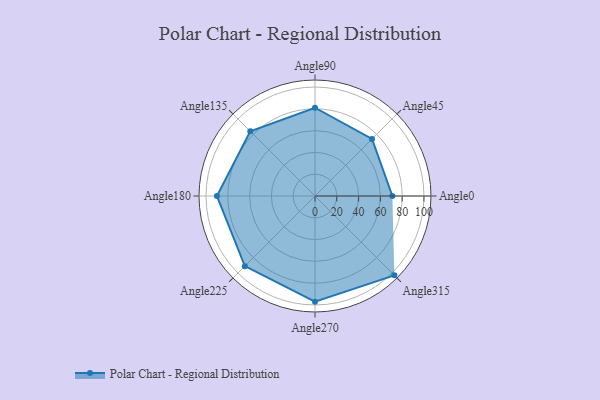
{"axis": {"x": "Angle", "y": "Radius"}, "legend": [""], "data": [{"x": "Angle0", "y": 71.0, "type": ""}, {"x": "Angle45", "y": 74.0, "type": ""}, {"x": "Angle90", "y": 81.0, "type": ""}, {"x": "Angle135", "y": 84.0, "type": ""}, {"x": "Angle180", "y": 90.0, "type": ""}, {"x": "Angle225", "y": 91.0, "type": ""}, {"x": "Angle270", "y": 97.0, "type": ""}, {"x": "Angle315", "y": 103.0, "type": ""}]}